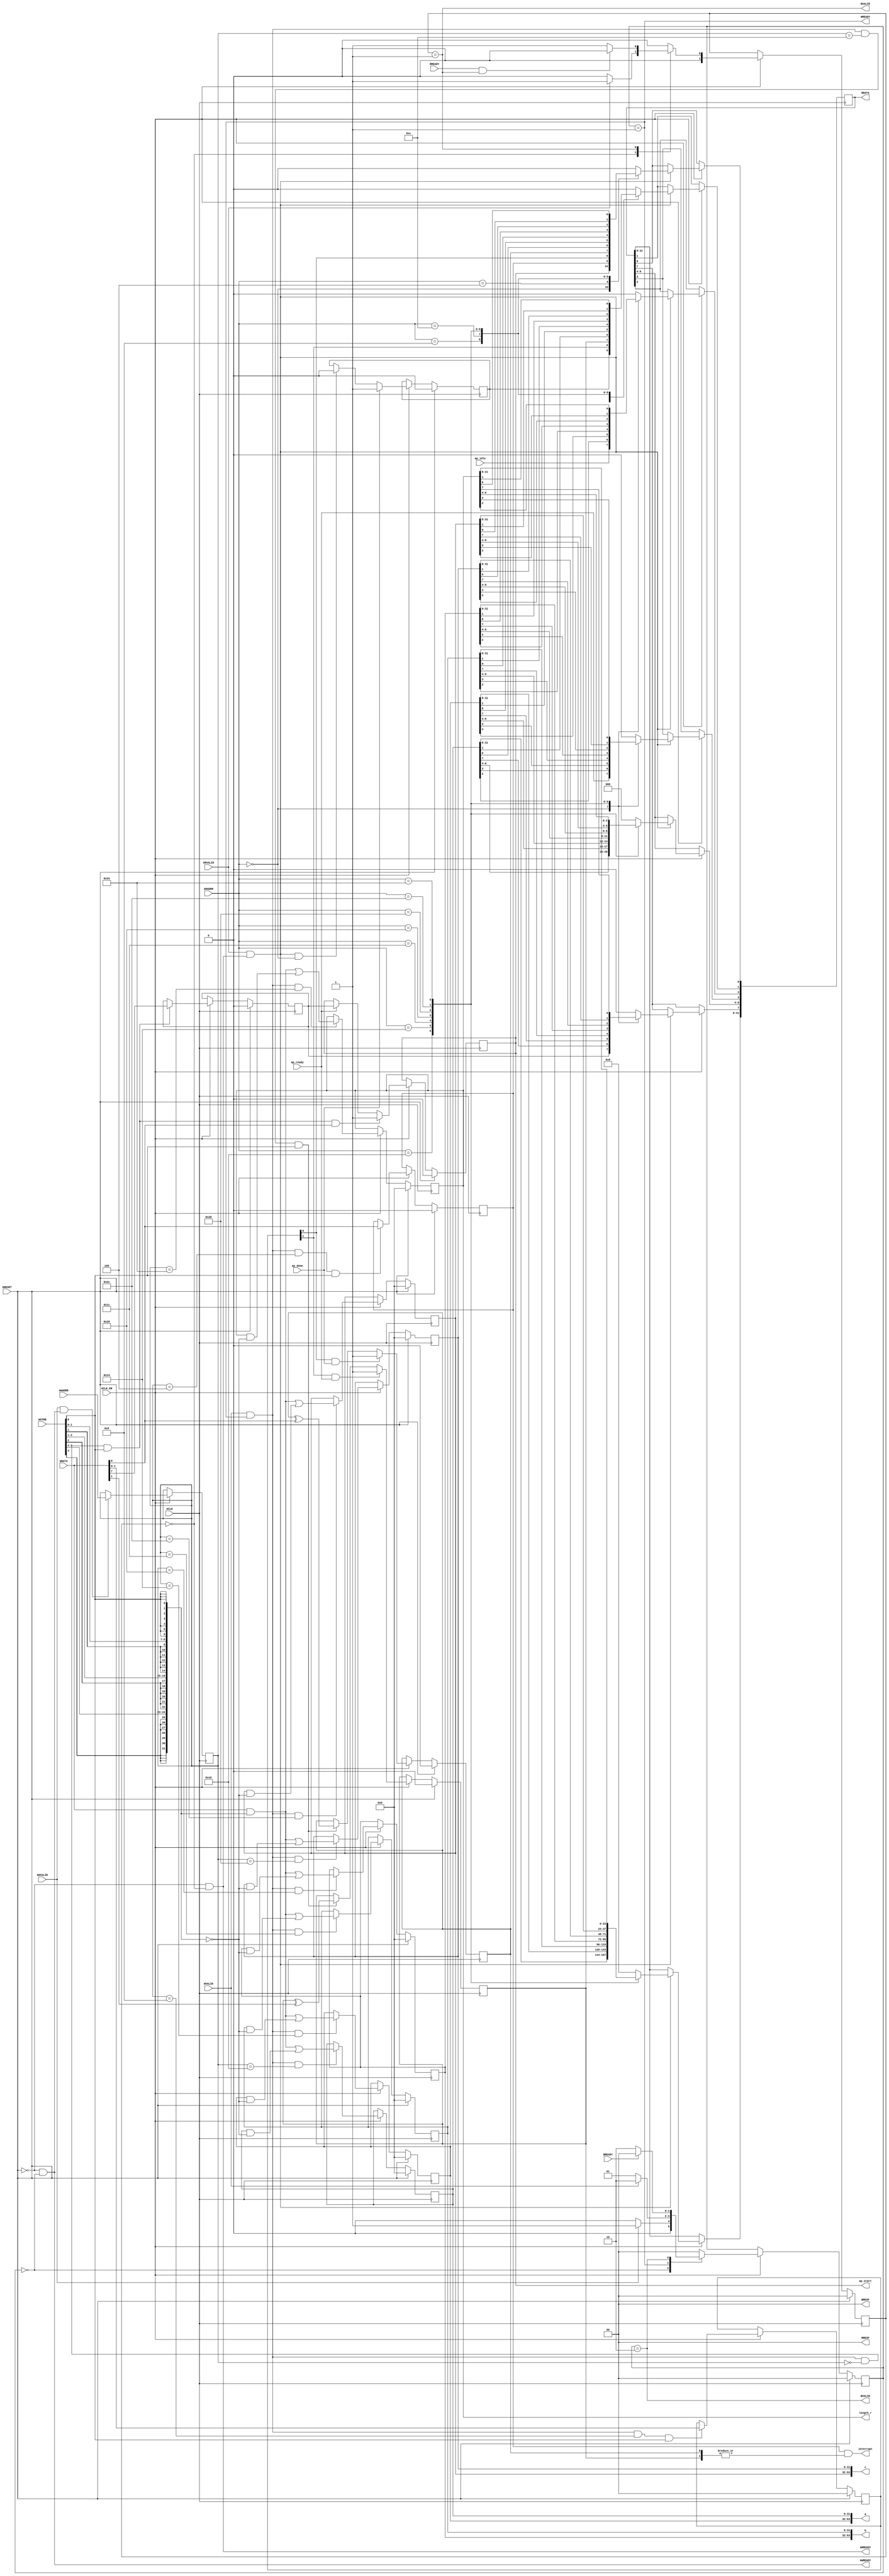
/**
* Copyright (C) 2019-2021 Xilinx, Inc
*
* Licensed under the Apache License, Version 2.0 (the "License"). You may
* not use this file except in compliance with the License. A copy of the
* License is located at
*
*     http://www.apache.org/licenses/LICENSE-2.0
*
* Unless required by applicable law or agreed to in writing, software
* distributed under the License is distributed on an "AS IS" BASIS, WITHOUT
* WARRANTIES OR CONDITIONS OF ANY KIND, either express or implied. See the
* License for the specific language governing permissions and limitations
* under the License.
*/

`timescale 1ns/1ps
module krnl_vadd_rtl_control_s_axi
#(parameter
    C_S_AXI_ADDR_WIDTH = 6,
    C_S_AXI_DATA_WIDTH = 32
)(
    // axi4 lite slave signals
    input  wire                          ACLK,
    input  wire                          ARESET,
    input  wire                          ACLK_EN,
    input  wire [C_S_AXI_ADDR_WIDTH-1:0] AWADDR,
    input  wire                          AWVALID,
    output wire                          AWREADY,
    input  wire [C_S_AXI_DATA_WIDTH-1:0] WDATA,
    input  wire [C_S_AXI_DATA_WIDTH/8-1:0] WSTRB,
    input  wire                          WVALID,
    output wire                          WREADY,
    output wire [1:0]                    BRESP,
    output wire                          BVALID,
    input  wire                          BREADY,
    input  wire [C_S_AXI_ADDR_WIDTH-1:0] ARADDR,
    input  wire                          ARVALID,
    output wire                          ARREADY,
    output wire [C_S_AXI_DATA_WIDTH-1:0] RDATA,
    output wire [1:0]                    RRESP,
    output wire                          RVALID,
    input  wire                          RREADY,
    output wire                          interrupt,
    // user signals
    output wire                          ap_start,
    input  wire                          ap_done,
    input  wire                          ap_ready,
    input  wire                          ap_idle,
    output wire [63:0]                   a,
    output wire [63:0]                   b,
    output wire [63:0]                   c,
    output wire [31:0]                   length_r
);
//------------------------Address Info-------------------
// 0x00 : Control signals
//        bit 0  - ap_start (Read/Write/COH)
//        bit 1  - ap_done (Read/COR)
//        bit 2  - ap_idle (Read)
//        bit 3  - ap_ready (Read)
//        bit 7  - auto_restart (Read/Write)
//        others - reserved
// 0x04 : Global Interrupt Enable Register
//        bit 0  - Global Interrupt Enable (Read/Write)
//        others - reserved
// 0x08 : IP Interrupt Enable Register (Read/Write)
//        bit 0  - Channel 0 (ap_done)
//        bit 1  - Channel 1 (ap_ready)
//        others - reserved
// 0x0c : IP Interrupt Status Register (Read/TOW)
//        bit 0  - Channel 0 (ap_done)
//        bit 1  - Channel 1 (ap_ready)
//        others - reserved
// 0x10 : Data signal of a
//        bit 31~0 - a[31:0] (Read/Write)
// 0x14 : Data signal of a
//        bit 31~0 - a[63:32] (Read/Write)
// 0x18 : reserved
// 0x1c : Data signal of b
//        bit 31~0 - b[31:0] (Read/Write)
// 0x20 : Data signal of b
//        bit 31~0 - b[63:32] (Read/Write)
// 0x24 : reserved
// 0x28 : Data signal of c
//        bit 31~0 - c[31:0] (Read/Write)
// 0x2c : Data signal of c
//        bit 31~0 - c[63:32] (Read/Write)
// 0x30 : reserved
// 0x34 : Data signal of length_r
//        bit 31~0 - length_r[31:0] (Read/Write)
// 0x38 : reserved
// (SC = Self Clear, COR = Clear on Read, TOW = Toggle on Write, COH = Clear on Handshake)

//------------------------Parameter----------------------
localparam
    ADDR_AP_CTRL         = 6'h00,
    ADDR_GIE             = 6'h04,
    ADDR_IER             = 6'h08,
    ADDR_ISR             = 6'h0c,
    ADDR_A_DATA_0        = 6'h10,
    ADDR_A_DATA_1        = 6'h14,
    ADDR_A_CTRL          = 6'h18,
    ADDR_B_DATA_0        = 6'h1c,
    ADDR_B_DATA_1        = 6'h20,
    ADDR_B_CTRL          = 6'h24,
    ADDR_C_DATA_0        = 6'h28,
    ADDR_C_DATA_1        = 6'h2c,
    ADDR_C_CTRL          = 6'h30,
    ADDR_LENGTH_R_DATA_0 = 6'h34,
    ADDR_LENGTH_R_CTRL   = 6'h38,
    WRIDLE               = 2'd0,
    WRDATA               = 2'd1,
    WRRESP               = 2'd2,
    RDIDLE               = 2'd0,
    RDDATA               = 2'd1,
    ADDR_BITS         = 6;

//------------------------Local signal-------------------
    reg  [1:0]                    wstate = WRIDLE;
    reg  [1:0]                    wnext;
    reg  [ADDR_BITS-1:0]          waddr;
    wire [31:0]                   wmask;
    wire                          aw_hs;
    wire                          w_hs;
    reg  [1:0]                    rstate = RDIDLE;
    reg  [1:0]                    rnext;
    reg  [31:0]                   rdata;
    wire                          ar_hs;
    wire [ADDR_BITS-1:0]          raddr;
    // internal registers
    wire                          int_ap_idle;
    wire                          int_ap_ready;
    reg                           int_ap_done = 1'b0;
    reg                           int_ap_start = 1'b0;
    reg                           int_auto_restart = 1'b0;
    reg                           int_gie = 2'b0;
    reg  [1:0]                    int_ier = 2'b0;
    reg  [1:0]                    int_isr = 2'b0;
    reg  [63:0]                   int_a = 64'b0;
    reg  [63:0]                   int_b = 64'b0;
    reg  [63:0]                   int_c = 64'b0;
    reg  [31:0]                   int_length_r = 32'b0;

//------------------------Instantiation------------------

//------------------------AXI write fsm------------------
assign AWREADY = (~ARESET) & (wstate == WRIDLE);
assign WREADY  = (wstate == WRDATA);
assign BRESP   = 2'b00;  // OKAY
assign BVALID  = (wstate == WRRESP);
assign wmask   = { {8{WSTRB[3]}}, {8{WSTRB[2]}}, {8{WSTRB[1]}}, {8{WSTRB[0]}} };
assign aw_hs   = AWVALID & AWREADY;
assign w_hs    = WVALID & WREADY;

// wstate
always @(posedge ACLK) begin
    if (ARESET)
        wstate <= WRIDLE;
    else if (ACLK_EN)
        wstate <= wnext;
end

// wnext
always @(*) begin
    case (wstate)
        WRIDLE:
            if (AWVALID)
                wnext = WRDATA;
            else
                wnext = WRIDLE;
        WRDATA:
            if (WVALID)
                wnext = WRRESP;
            else
                wnext = WRDATA;
        WRRESP:
            if (BREADY)
                wnext = WRIDLE;
            else
                wnext = WRRESP;
        default:
            wnext = WRIDLE;
    endcase
end

// waddr
always @(posedge ACLK) begin
    if (ACLK_EN) begin
        if (aw_hs)
            waddr <= AWADDR[ADDR_BITS-1:0];
    end
end

//------------------------AXI read fsm-------------------
assign ARREADY = (~ARESET) && (rstate == RDIDLE);
assign RDATA   = rdata;
assign RRESP   = 2'b00;  // OKAY
assign RVALID  = (rstate == RDDATA);
assign ar_hs   = ARVALID & ARREADY;
assign raddr   = ARADDR[ADDR_BITS-1:0];

// rstate
always @(posedge ACLK) begin
    if (ARESET)
        rstate <= RDIDLE;
    else if (ACLK_EN)
        rstate <= rnext;
end

// rnext
always @(*) begin
    case (rstate)
        RDIDLE:
            if (ARVALID)
                rnext = RDDATA;
            else
                rnext = RDIDLE;
        RDDATA:
            if (RREADY & RVALID)
                rnext = RDIDLE;
            else
                rnext = RDDATA;
        default:
            rnext = RDIDLE;
    endcase
end

// rdata
always @(posedge ACLK) begin
    if (ACLK_EN) begin
        if (ar_hs) begin
            rdata <= 1'b0;
            case (raddr)
                ADDR_AP_CTRL: begin
                    rdata[0] <= int_ap_start;
                    rdata[1] <= int_ap_done;
                    rdata[2] <= int_ap_idle;
                    rdata[3] <= int_ap_ready;
                    rdata[7] <= int_auto_restart;
                end
                ADDR_GIE: begin
                    rdata <= int_gie;
                end
                ADDR_IER: begin
                    rdata <= int_ier;
                end
                ADDR_ISR: begin
                    rdata <= int_isr;
                end
                ADDR_A_DATA_0: begin
                    rdata <= int_a[31:0];
                end
                ADDR_A_DATA_1: begin
                    rdata <= int_a[63:32];
                end
                ADDR_B_DATA_0: begin
                    rdata <= int_b[31:0];
                end
                ADDR_B_DATA_1: begin
                    rdata <= int_b[63:32];
                end
                ADDR_C_DATA_0: begin
                    rdata <= int_c[31:0];
                end
                ADDR_C_DATA_1: begin
                    rdata <= int_c[63:32];
                end
                ADDR_LENGTH_R_DATA_0: begin
                    rdata <= int_length_r[31:0];
                end
            endcase
        end
    end
end


//------------------------Register logic-----------------
assign interrupt    = int_gie & (|int_isr);
assign ap_start     = int_ap_start;
assign int_ap_idle  = ap_idle;
assign int_ap_ready = ap_ready;
assign a            = int_a;
assign b            = int_b;
assign c            = int_c;
assign length_r     = int_length_r;
// int_ap_start
always @(posedge ACLK) begin
    if (ARESET)
        int_ap_start <= 1'b0;
    else if (ACLK_EN) begin
        if (w_hs && waddr == ADDR_AP_CTRL && WSTRB[0] && WDATA[0])
            int_ap_start <= 1'b1;
        else if (int_ap_ready)
            int_ap_start <= int_auto_restart; // clear on handshake/auto restart
    end
end

// int_ap_done
always @(posedge ACLK) begin
    if (ARESET)
        int_ap_done <= 1'b0;
    else if (ACLK_EN) begin
        if (ap_done)
            int_ap_done <= 1'b1;
        else if (ar_hs && raddr == ADDR_AP_CTRL)
            int_ap_done <= 1'b0; // clear on read
    end
end

// int_auto_restart
always @(posedge ACLK) begin
    if (ARESET)
        int_auto_restart <= 1'b0;
    else if (ACLK_EN) begin
        if (w_hs && waddr == ADDR_AP_CTRL && WSTRB[0])
            int_auto_restart <=  WDATA[7];
    end
end

// int_gie
always @(posedge ACLK) begin
    if (ARESET)
        int_gie <= 1'b0;
    else if (ACLK_EN) begin
        if (w_hs && waddr == ADDR_GIE && WSTRB[0])
            int_gie <= WDATA[0];
    end
end

// int_ier
always @(posedge ACLK) begin
    if (ARESET)
        int_ier <= 1'b0;
    else if (ACLK_EN) begin
        if (w_hs && waddr == ADDR_IER && WSTRB[0])
            int_ier <= WDATA[1:0];
    end
end

// int_isr[0]
always @(posedge ACLK) begin
    if (ARESET)
        int_isr[0] <= 1'b0;
    else if (ACLK_EN) begin
        if (int_ier[0] & ap_done)
            int_isr[0] <= 1'b1;
        else if (w_hs && waddr == ADDR_ISR && WSTRB[0])
            int_isr[0] <= int_isr[0] ^ WDATA[0]; // toggle on write
    end
end

// int_isr[1]
always @(posedge ACLK) begin
    if (ARESET)
        int_isr[1] <= 1'b0;
    else if (ACLK_EN) begin
        if (int_ier[1] & ap_ready)
            int_isr[1] <= 1'b1;
        else if (w_hs && waddr == ADDR_ISR && WSTRB[0])
            int_isr[1] <= int_isr[1] ^ WDATA[1]; // toggle on write
    end
end

// int_a[31:0]
always @(posedge ACLK) begin
    if (ARESET)
        int_a[31:0] <= 0;
    else if (ACLK_EN) begin
        if (w_hs && waddr == ADDR_A_DATA_0)
            int_a[31:0] <= (WDATA[31:0] & wmask) | (int_a[31:0] & ~wmask);
    end
end

// int_a[63:32]
always @(posedge ACLK) begin
    if (ARESET)
        int_a[63:32] <= 0;
    else if (ACLK_EN) begin
        if (w_hs && waddr == ADDR_A_DATA_1)
            int_a[63:32] <= (WDATA[31:0] & wmask) | (int_a[63:32] & ~wmask);
    end
end

// int_b[31:0]
always @(posedge ACLK) begin
    if (ARESET)
        int_b[31:0] <= 0;
    else if (ACLK_EN) begin
        if (w_hs && waddr == ADDR_B_DATA_0)
            int_b[31:0] <= (WDATA[31:0] & wmask) | (int_b[31:0] & ~wmask);
    end
end

// int_b[63:32]
always @(posedge ACLK) begin
    if (ARESET)
        int_b[63:32] <= 0;
    else if (ACLK_EN) begin
        if (w_hs && waddr == ADDR_B_DATA_1)
            int_b[63:32] <= (WDATA[31:0] & wmask) | (int_b[63:32] & ~wmask);
    end
end

// int_c[31:0]
always @(posedge ACLK) begin
    if (ARESET)
        int_c[31:0] <= 0;
    else if (ACLK_EN) begin
        if (w_hs && waddr == ADDR_C_DATA_0)
            int_c[31:0] <= (WDATA[31:0] & wmask) | (int_c[31:0] & ~wmask);
    end
end

// int_c[63:32]
always @(posedge ACLK) begin
    if (ARESET)
        int_c[63:32] <= 0;
    else if (ACLK_EN) begin
        if (w_hs && waddr == ADDR_C_DATA_1)
            int_c[63:32] <= (WDATA[31:0] & wmask) | (int_c[63:32] & ~wmask);
    end
end

// int_length_r[31:0]
always @(posedge ACLK) begin
    if (ARESET)
        int_length_r[31:0] <= 0;
    else if (ACLK_EN) begin
        if (w_hs && waddr == ADDR_LENGTH_R_DATA_0)
            int_length_r[31:0] <= (WDATA[31:0] & wmask) | (int_length_r[31:0] & ~wmask);
    end
end


//------------------------Memory logic-------------------

endmodule